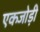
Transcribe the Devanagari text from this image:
एकजोड़ी